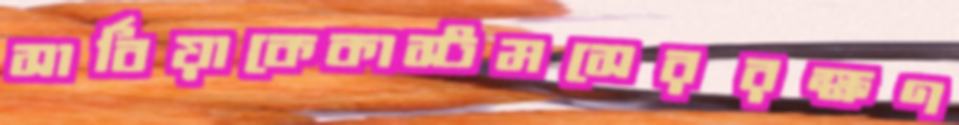
সার্বিয়াকেকাস্টমসেররক্ষণ